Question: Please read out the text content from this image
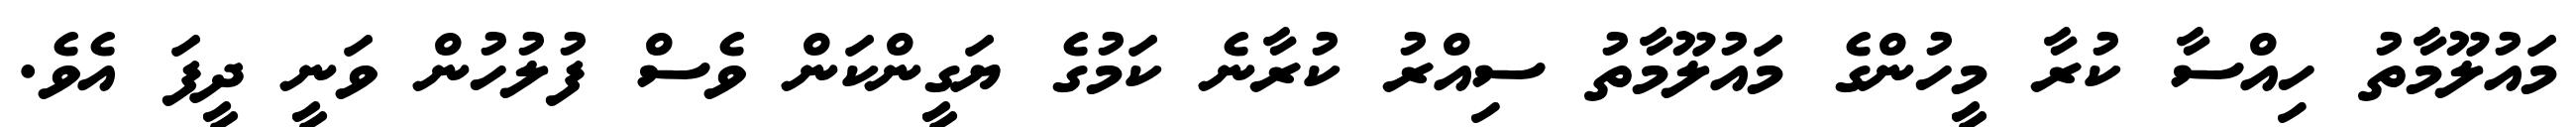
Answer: މައުލޫމާތު ހިއްސާ ކުރާ މީހުންގެ މައުލޫމާތު ސިއްރު ކުރާނެ ކަމުގެ ޔަގީންކަން ވެސް ފުލުހުން ވަނީ ދީފަ އެވެ.